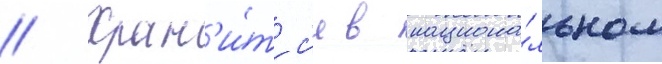
// Хран'и́тс'я в национа́льном